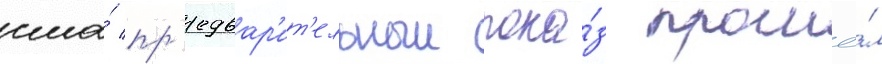
сша́ пр'едвар'ит'ельныи пока́з прошё́л